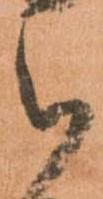
ら